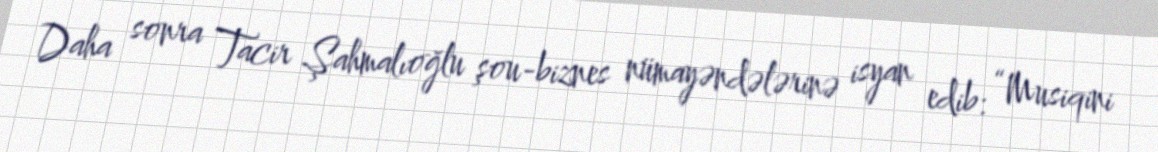
Daha sonra Tacir Şahmalıoğlu şou-biznes nümayəndələrinə isyan edib: “Musiqini